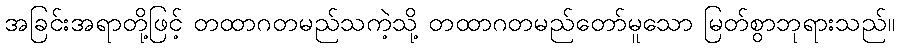
အခြင်းအရာတို့ဖြင့် တထာဂတမည်သကဲ့သို့ တထာဂတမည်တော်မူသော မြတ်စွာဘုရားသည်။